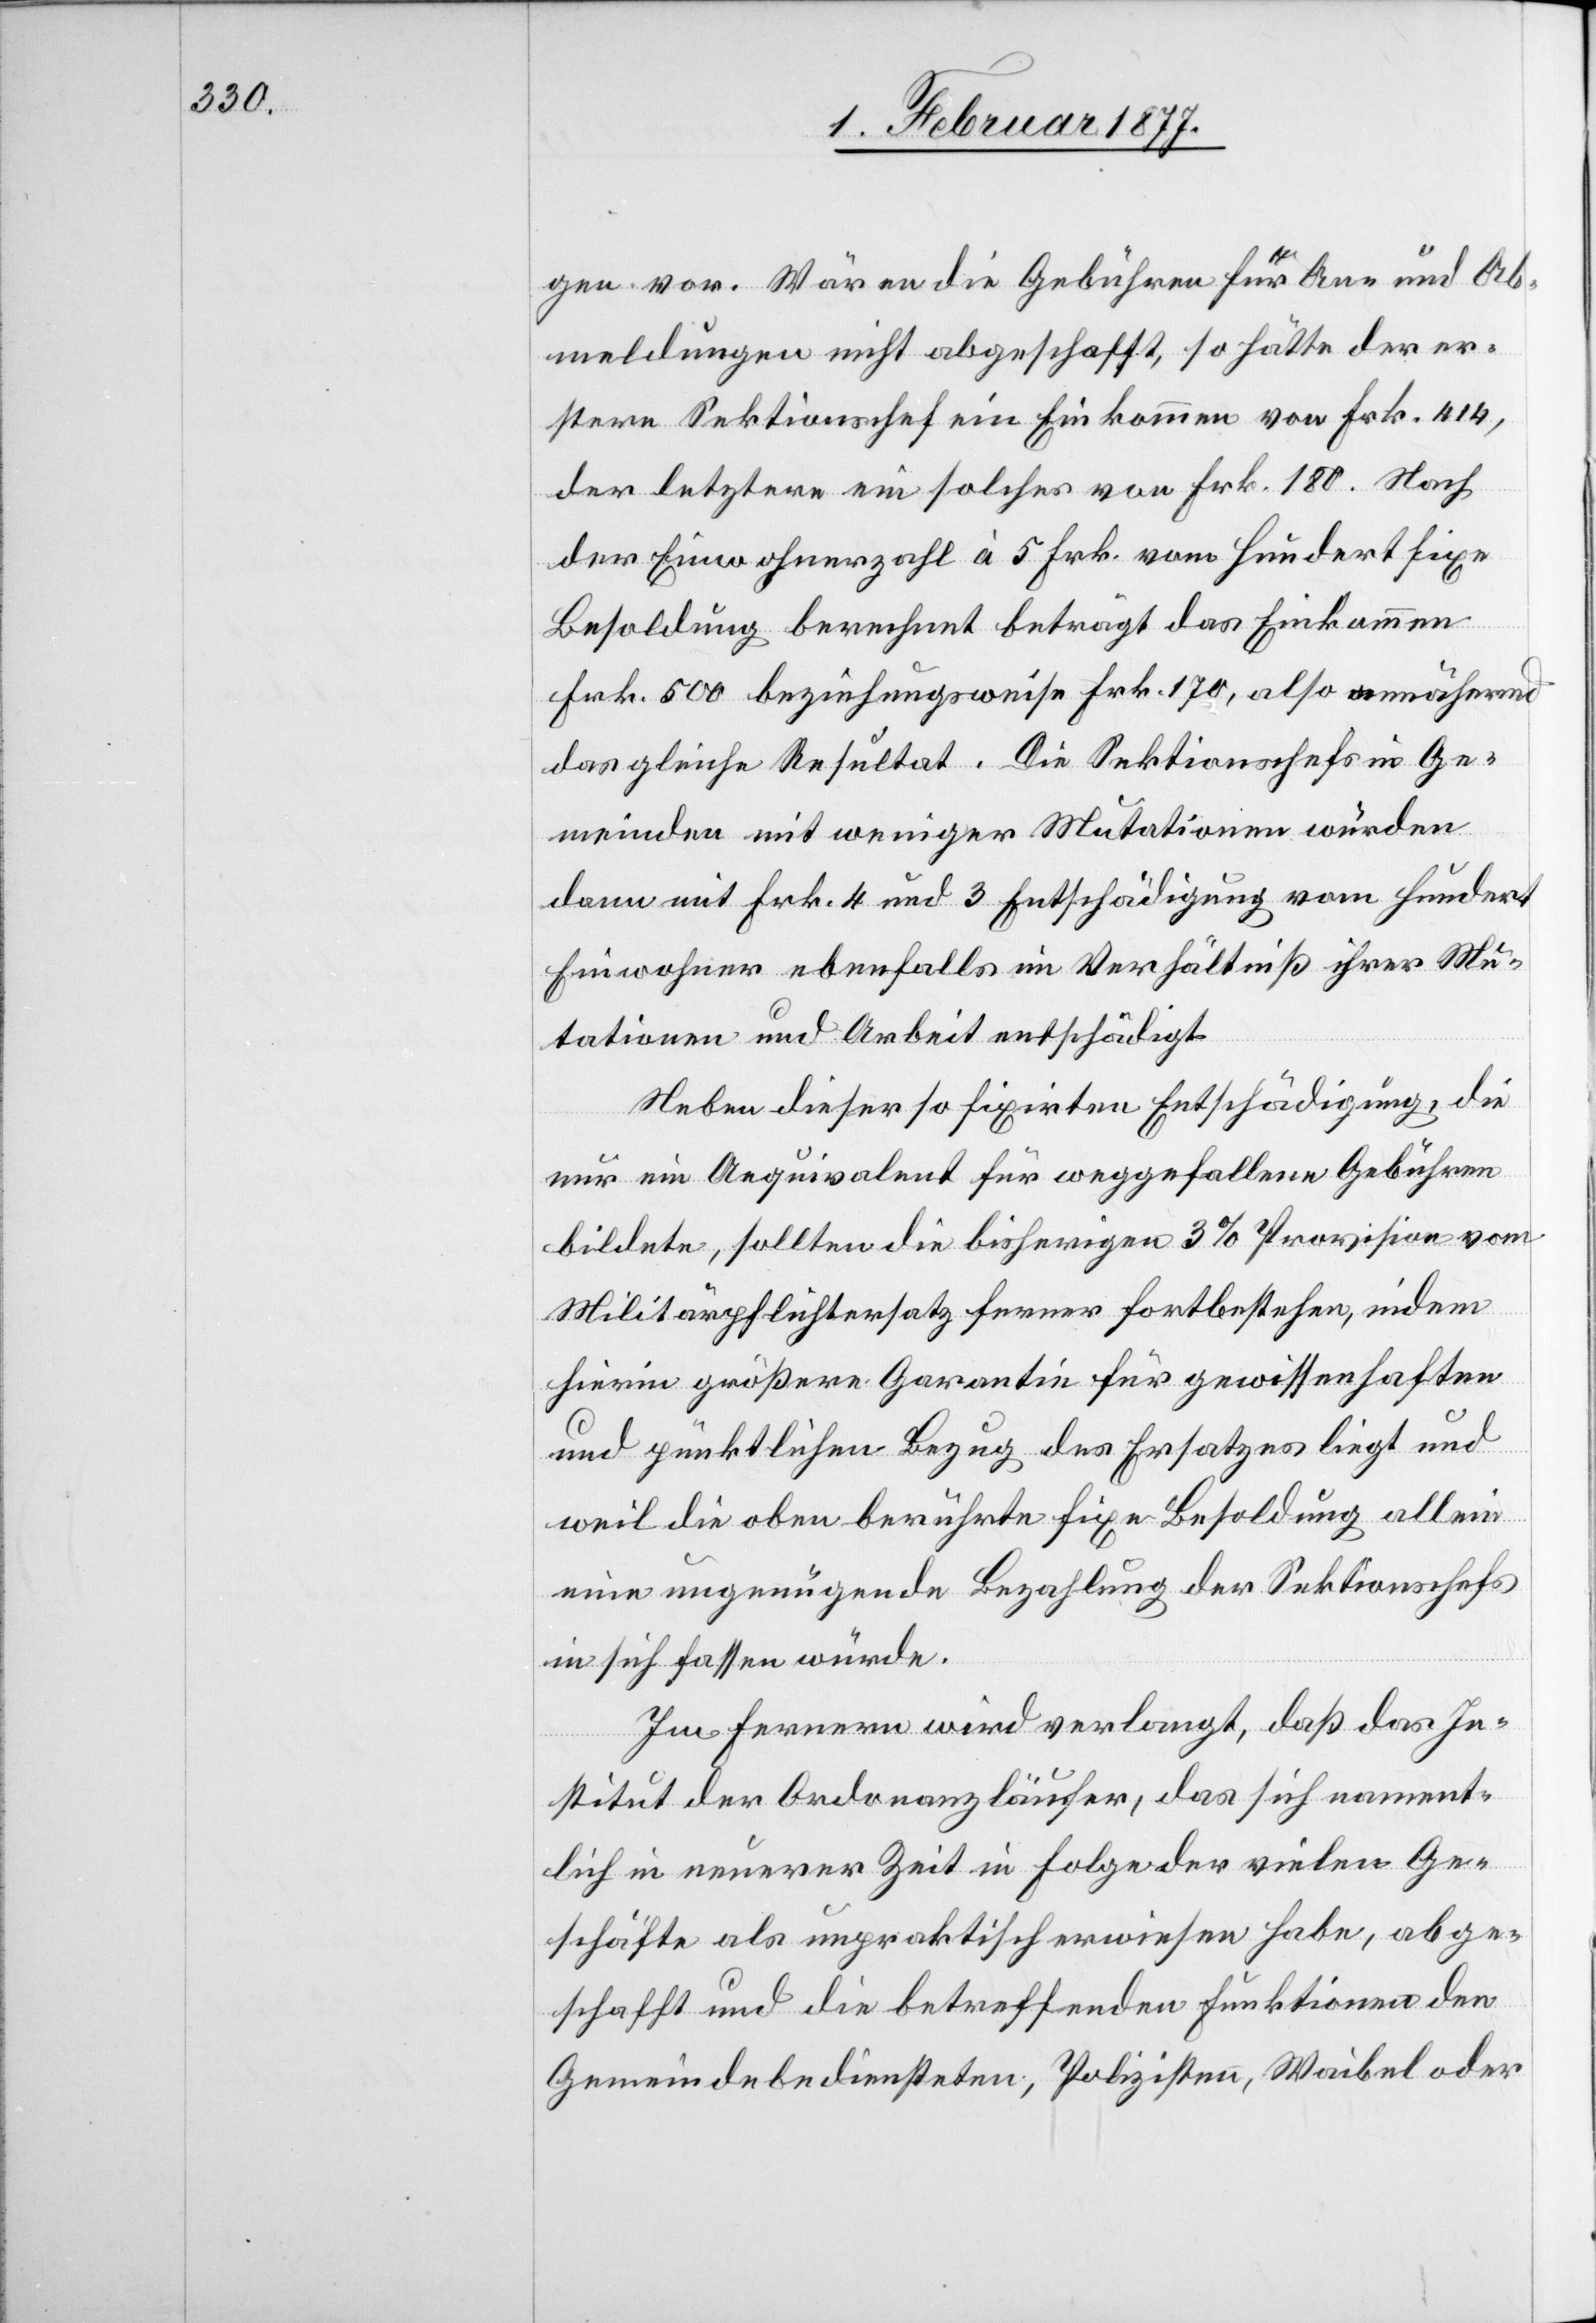
gen vor. Wären die Gebühren für An- und Ab¬
meldungen nicht abgeschafft, so hätte der er¬
stere Sektionschef ein Einkommen von Frk. 414,
der letztere ein solches von Frk. 180. Nach
der Einwohnerzahl à 5 Frk. vom Hundert fixe
Besoldung berechnet beträgt das Einkommen
Frk. 500 beziehungsweise Frk. 170, also annähernd
das gleiche Resultat. Die Sektionschefs in Ge¬
meinden mit weniger Mutationen würden
dann mit Frk. 4 und 3 Entschädigung vom Hundert
Einwohner ebenfalls im Verhältniß ihrer Mu¬
tationen und Arbeit entschädigt.
Neben dieser fixirten Entschädigung, die
nur ein Aequivalent für weggefallene Gebühren
bildete, sollten die bisherigen 3% Provision vom
Militärpflichtersatz ferner fortbestehen, indem
hierin größere Garantie für gewissenhaften
und pünktlichen Bezug des Ersatzes liegt und
weil die oben berührte fixe Besoldung allein
eine ungenügende Bezahlung der Sektionschefs
in sich fassen würde.
Im Fernern wird verlangt, daß das In¬
stitut der Ordonanzläufer, das sich nament¬
lich in neuerer Zeit in Folge der vielen Ge¬
schäfte als unpraktisch erwiesen habe, abge¬
schafft und die betreffenden Funktionen den
Gemeindebediensteten, Polizisten, Waibel oder